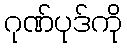
ဂုဏ်ပုဒ်ကို